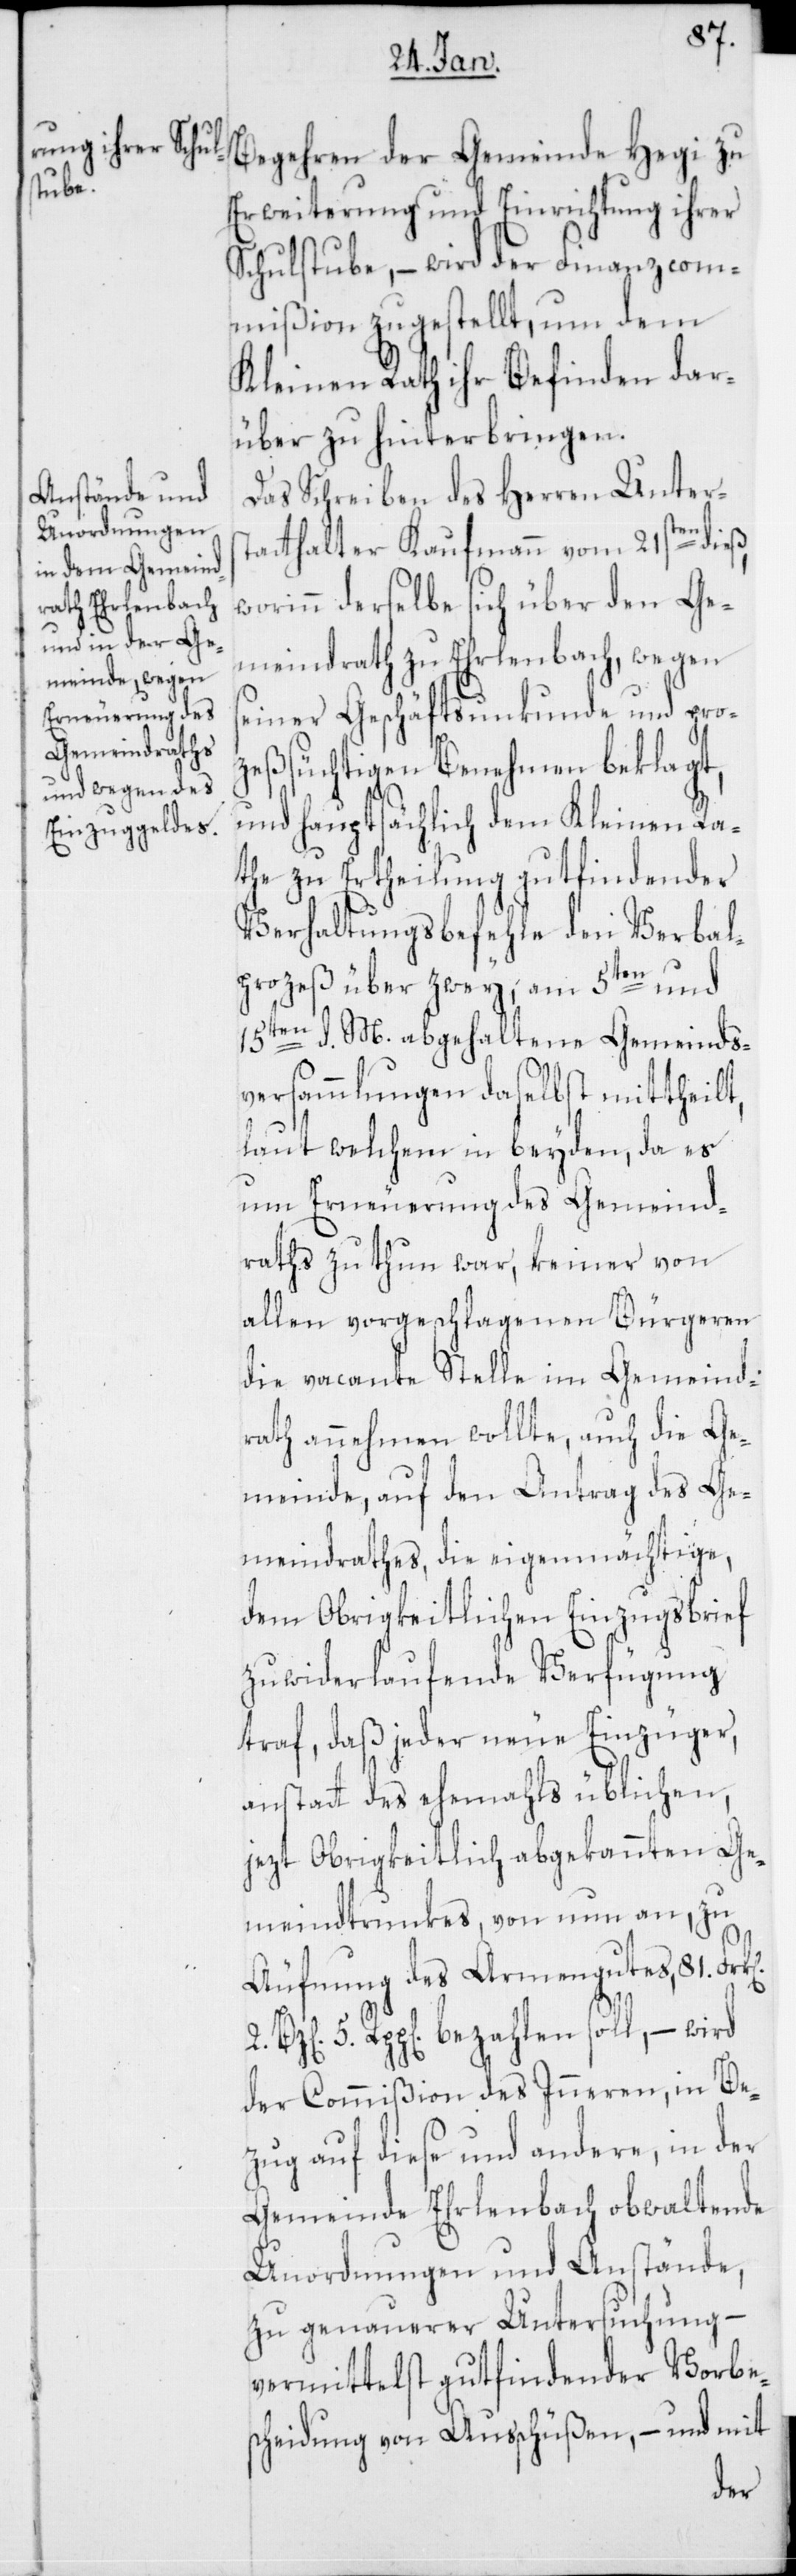
81.

2.
Begehren der Gemeinde Hegi zu
Erweiterung und Einrichtung ihrer
Schulstube, – wird der Finanzcom¬
mißion zugestellt, um dem
Kleinen Rath ihr Befinden dar¬
über zu hinterbringen.
Das Schreiben des Herren Unters¬
tatthalter Kaufmann vom 21sten dieß,
worinn derselbe sich über den Ge¬
meindrath zu Erlenbach, wegen
seiner Geschäftsunkunde und pro¬
zeßsüchtigen Benehmen beklagt,
und hauptsächlich dem Kleinen Ra¬
the zu Ertheilung gutfindender
Verhaltungsbefehle den Verbal¬
prozeß über zwey, am 5ten und
15ten d. M. abgehaltene Gemeinds¬
versammlungen daselbst mittheilt,
laut welchem in beyden, da es
um Erneuerung des Gemeind¬
raths zu thun war, keiner von
allen vorgeschlagenen Bürgeren
die vacante Stelle im Gemeind¬
rath annehmen wollte, auch die Ge¬
meinde, auf den Antrag des Ge¬
meindrathes, die eigenmächtige,
dem Obrigkeitlichen Einzugsbrief
zuwiderlaufende Verfügung
traf, daß jeder neue Einzüger,
anstatt des ehemahls üblichen,
jetzt obrigkeitlich abgekannten Ge¬
meindtrunkes, von nun an, zu
5. Rpp[en]. bezahlen soll, – wird
der Commißion des Inneren, in Be¬
zug auf diese und andere, in der
Gemeinde Erlenbach obwaltende
Unordnungen und Anstände,
zu genauerer Untersuchung –
vermittelst gutfindender Vorbe¬
scheidung von Ausschüßen, – und mit
des